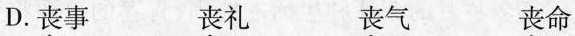
D.丧事 丧礼 丧气 丧命